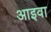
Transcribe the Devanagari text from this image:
आइवा